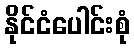
နိုင်ငံပေါင်းစုံ